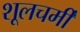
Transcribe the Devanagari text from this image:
शूलचर्मी